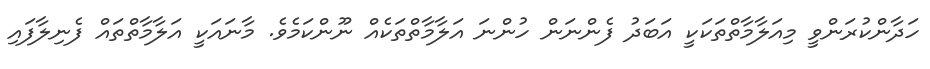
ހަދާންކުރަންވީ މިއަލާމާތްތަކަކީ އަބަދު ފެންނަން ހުންނަ އަލާމާތްތަކެއް ނޫންކަމެވެ. މާނައަކީ އަލާމާތްތައް ފެނިލާފައި